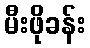
မီးဖိုခန်း